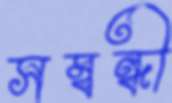
সম্বন্ধী